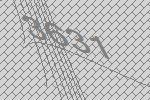
3631